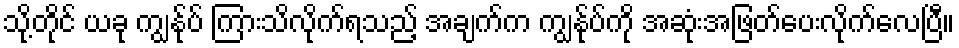
သို့တိုင် ယခု ကျွန်ုပ် ကြားသိလိုက်ရသည့် အချက်က ကျွန်ုပ်ကို အဆုံးအဖြတ်ပေးလိုက်လေပြီ။